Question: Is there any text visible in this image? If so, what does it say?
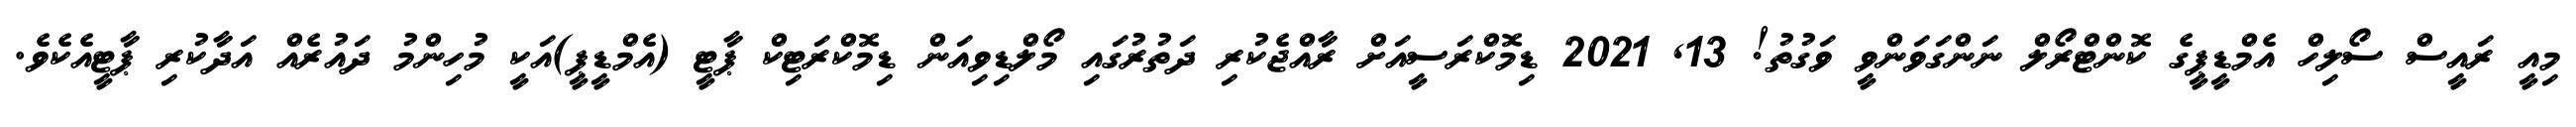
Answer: މިއީ ރައީސް ސޯލިހް އެމްޑީޕީގެ ކޮންޓްރޯލް ނަންގަވަންވީ ވަގުތު! 13, 2021 ޑިމޮކްރަސީއަށް ރާއްޖެކުރި ދަތުރުގައި މޯލްޑިވިއަން ޑިމޮކްރަޓިކް ޕާޓީ (އެމްޑީޕީ)އަކީ މުހިންމު ދައުރެއް އަދާކުރި ޕާޓީއެކެވެ.